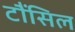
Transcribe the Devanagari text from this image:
टौंसिल